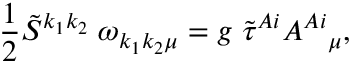
\frac { 1 } { 2 } \tilde { S } ^ { k _ { 1 } k _ { 2 } } \; \omega _ { k _ { 1 } k _ { 2 } \mu } = g \; \tilde { \tau } ^ { A i } A ^ { A i } { } _ { \mu } ,